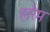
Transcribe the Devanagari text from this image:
हारेम